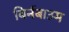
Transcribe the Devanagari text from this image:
बिर्नबाउम